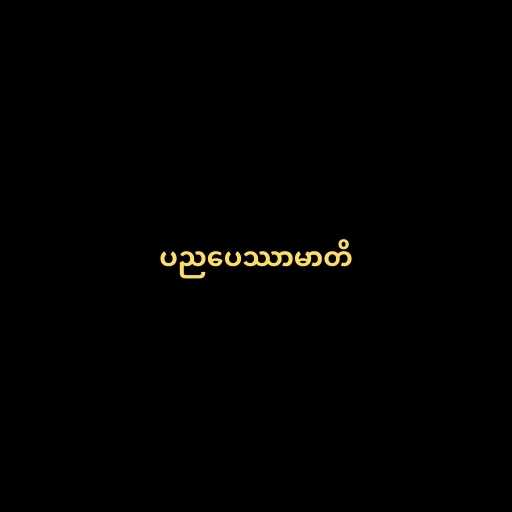
ပညပေဿာမာတိ